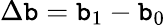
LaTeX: \Delta\mathtt{b}=\mathtt{b}_{1}-\mathtt{b}_{0}